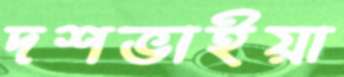
দশভাইয়া